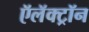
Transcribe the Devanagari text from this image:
ऍलॅक्ट्रॉन